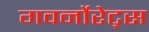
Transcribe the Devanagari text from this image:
गवर्नोरेट्स